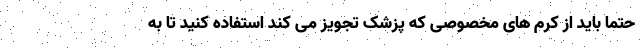
حتما باید از کرم های مخصوصی که پزشک تجویز می کند استفاده کنید تا به